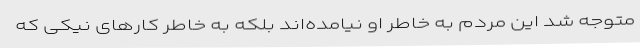
متوجه شد این مردم به خاطر او نیامده‌اند بلکه به خاطر کارهای نیکی که